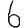
Digit: 6